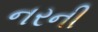
નરની